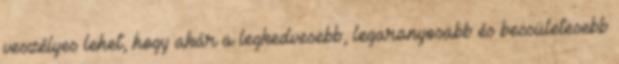
veszélyes lehet, hogy akár a legkedvesebb, legaranyosabb és becsületesebb